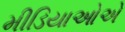
મીડિયાઓએ